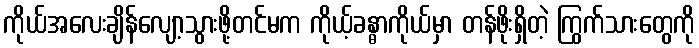
ကိုယ်အလေးချိန်လျော့သွားဖို့တင်မက ကိုယ့်ခန္ဓာကိုယ်မှာ တန်ဖိုးရှိတဲ့ ကြွက်သားတွေကို